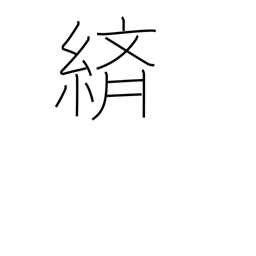
Meaning: splashed pattern dyeing or weaving